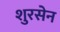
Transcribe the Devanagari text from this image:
शुरसेन